Indian Civil Veterinary Department memoirs
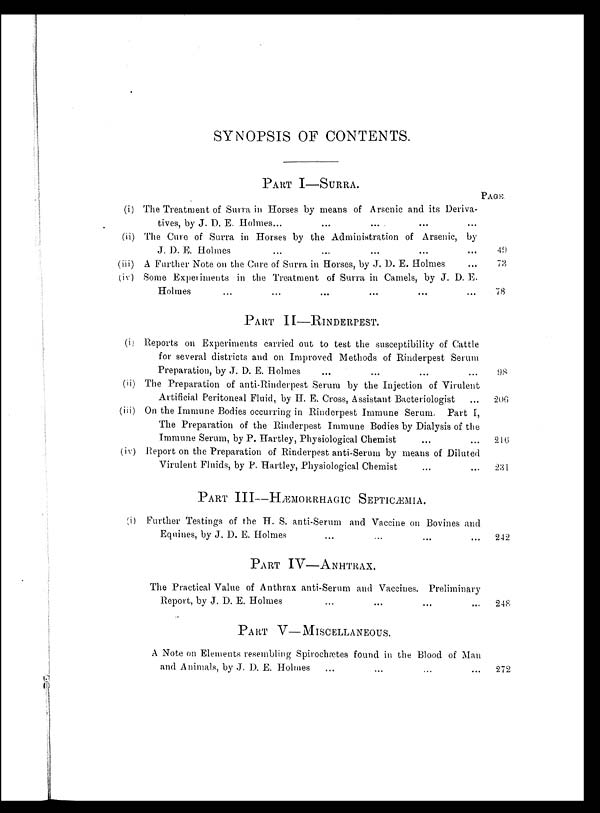
SYNOPSIS OF CONTENTS.
(i)
(ii)
(iii)
(iv)
(i)
(ii)
(iii)
(iv)
(i)
PART I—SURRA.
The Treatment of Surra in Horses by means of Arsenic and its Deriva-
tives, by J. D. E. Holmes ... ... ... ... ...
The Cure of Surra in Horses by the Administration of Arsenic, by
J. D. E. Holmes ... ... ... ... ...
A Further Note on the Cure of Surra in Horses, by J. D. E. Holmes ...
Some Experiments in the Treatment of Surra in Camels, by J. D. E.
Holmes ... ... ... ... ... ...
PART II—RINDERPEST.
Reports on Experiments carried out to test the susceptibility of Cattle
for several districts and on Improved Methods of Rinderpest Serum
Preparation, by J. D. E. Holmes ... ... ... ...
The Preparation of anti-Rinderpest Serum by the Injection of Virulent
Artificial Peritoneal Fluid, by H. E. Cross, Assistant Bacteriologist ...
On the Immune Bodies occurring in Rinderpest Immune Serum. Part I,
The Preparation of the Rinderpest Immune Bodies by Dialysis of the
Immune Serum, by P. Hartley, Physiological Chemist ... ...
Report on the Preparation of Rinderpest anti-Serum by means of Diluted
Virulent Fluids, by P. Hartley, Physiological Chemist ... ...
PART III—HÆMORRHAGIC SEPTICÆMIA.
Further Testings of the H. S. anti-Serum and Vaccine on Bovines and
Equities, by J. D. E. Holmes ... ... ... ...
PART IV—ANHTRAX.
The Practical Value of Anthrax anti-Serum and Vaccines. Preliminary
Report, by J. D. E. Holmes
PART V—MISCELLANEOUS.
A Note on Elements resembling Spirochætes found in the Blood of Man
and Animals, by J. D. E. Holmes ... ... ... ...
PAGE
49
73
78
98
206
216
231
242
248
272